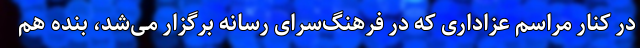
در کنار مراسم عزاداری که در فرهنگ‌سرای رسانه برگزار می‌شد، بنده هم